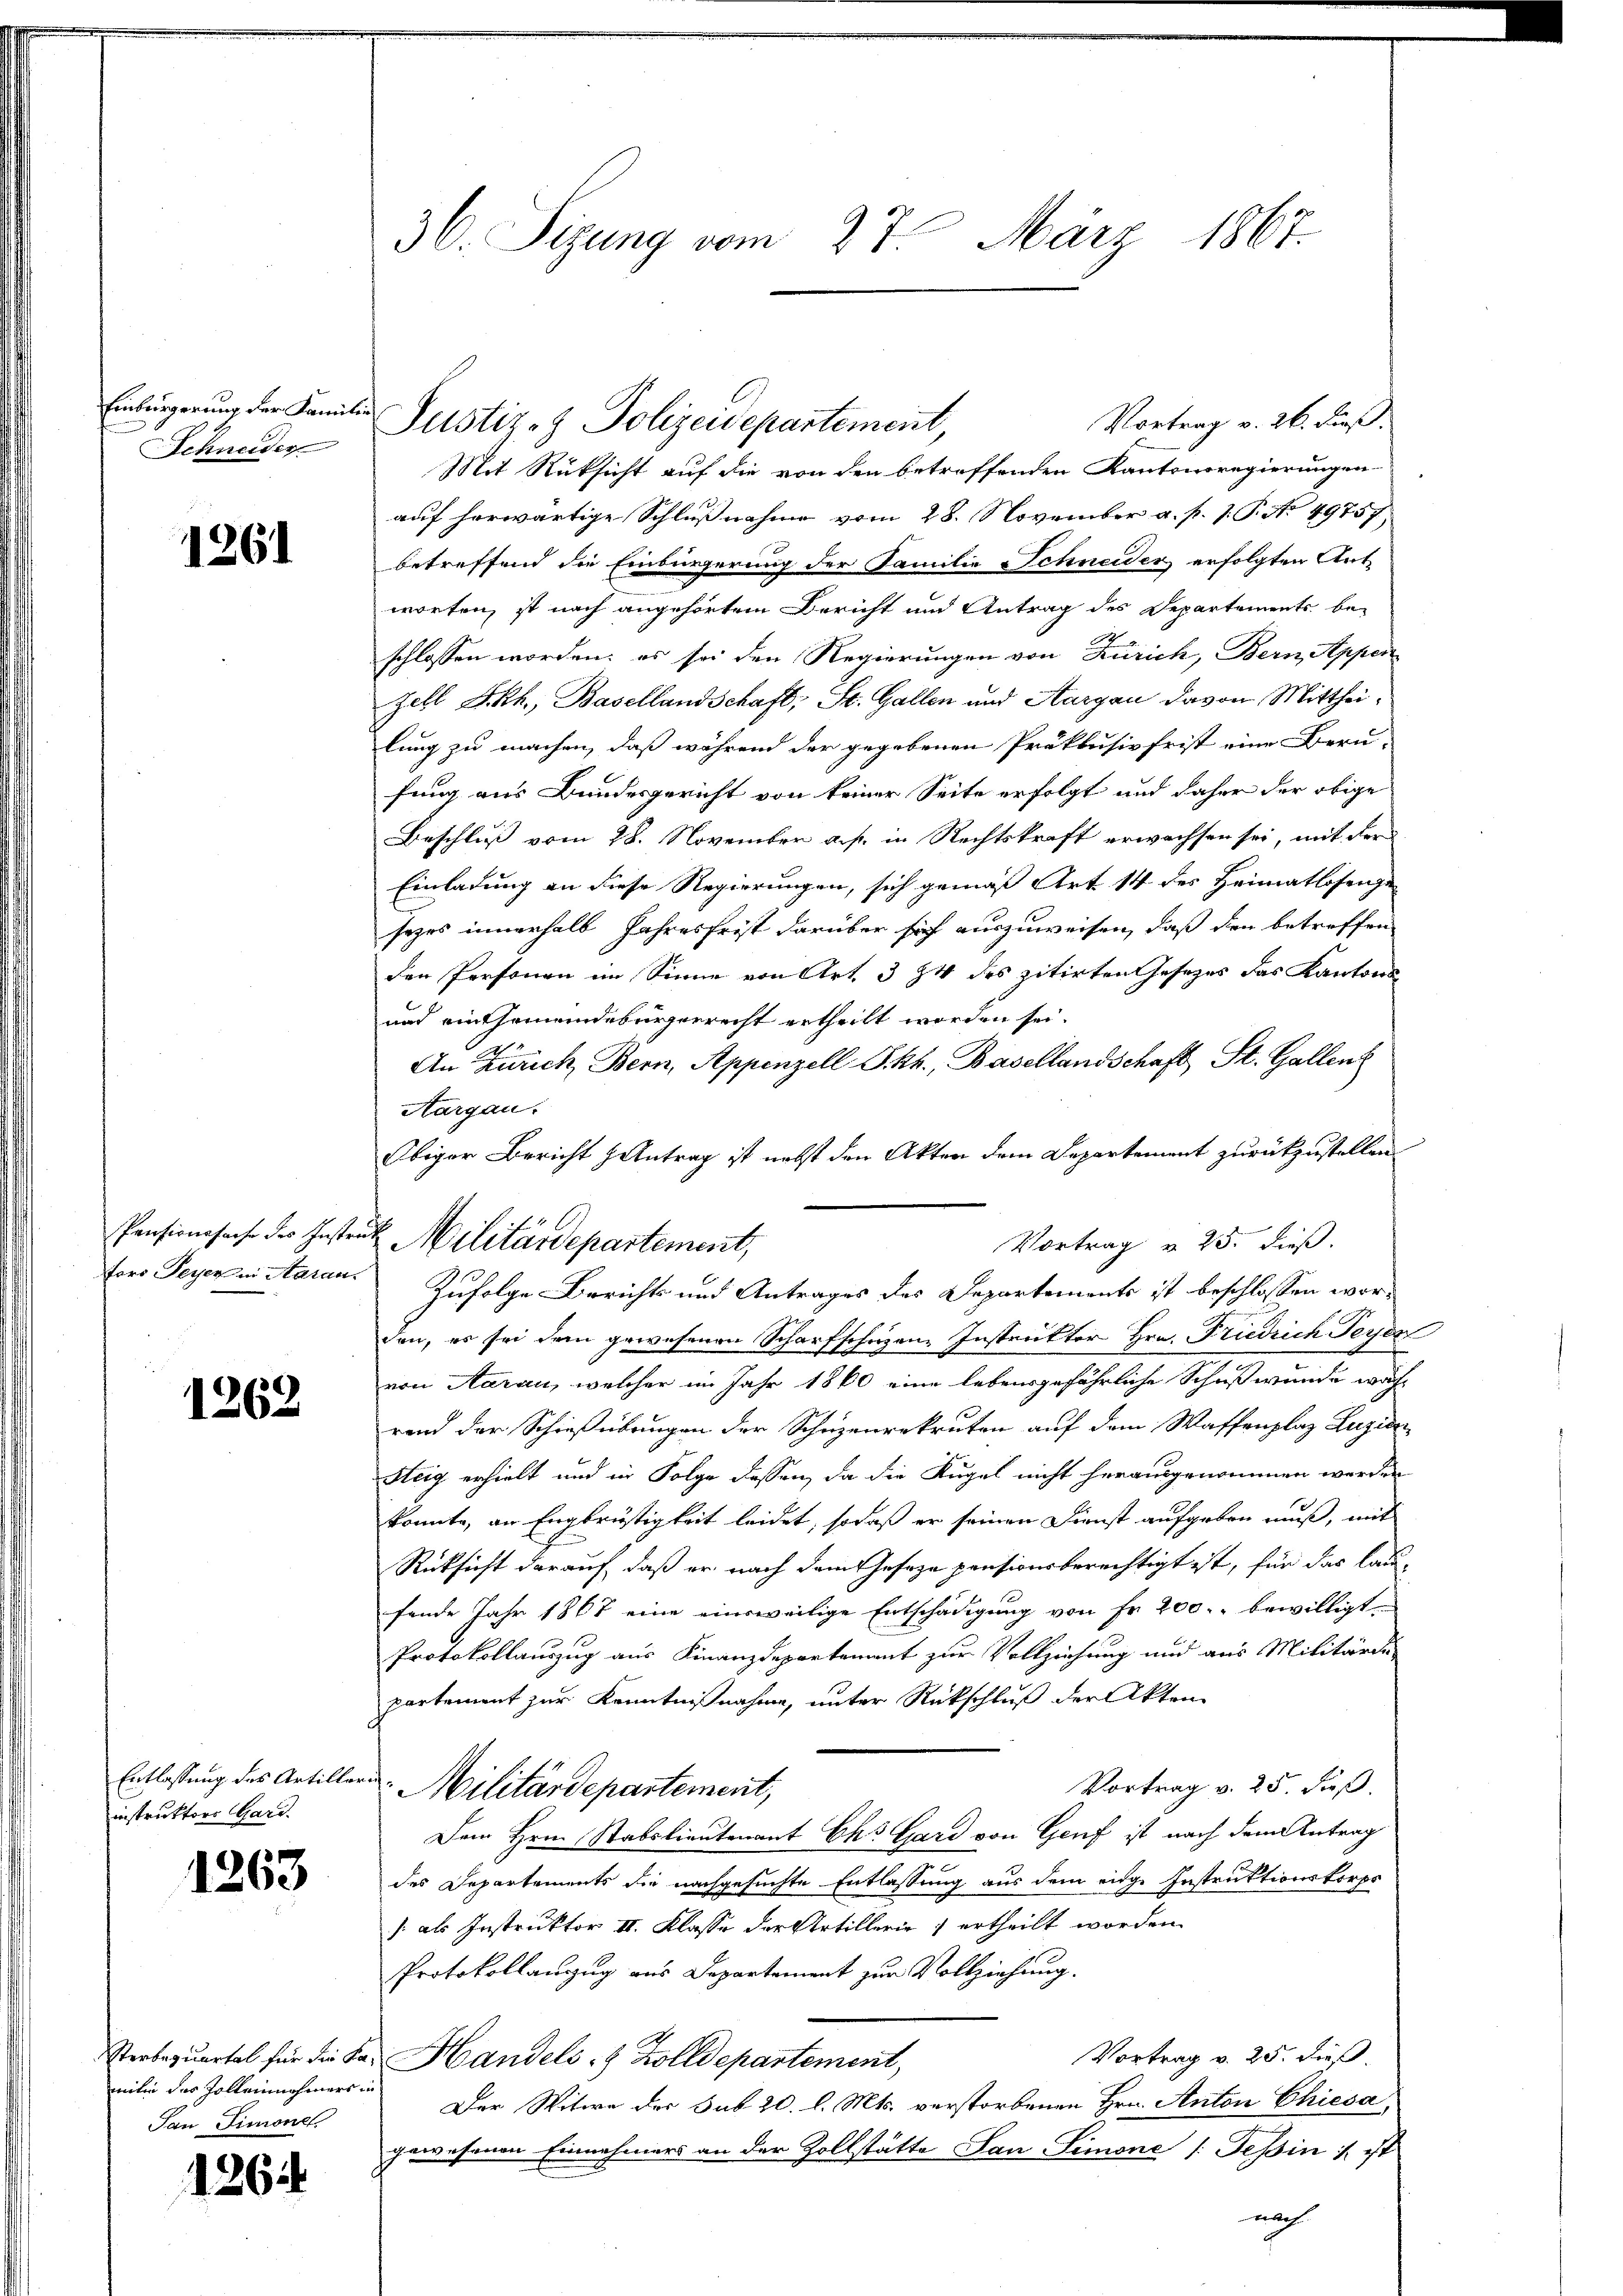
Einbringerung der Familie
Schneider

1261

fors Peyer in Aarau

1262

Entlassung des Artille
instruktors Gard.

1263

mitin das Zolleinehmers in
Jan Limone

1264

36. Sizung vom 27. März 1867.

Mit Rücksicht auf die von den betreffenden Kantonsregierungen
aŭf herwärtige Schlŭβnahme vom 28. November a. p. J. P. No. 49757.
betreffend die Einbürgerung der Familie Schneider erfolgten Antworten, ist nach angehörtem Bericht und Antrag des Departements be-
schlossen worden; es sei den Regierungen von Zürich, Bern, Appen
Zell Akh., Basellandschaft, St. Gallen und Aargau davon Mittheilung zu machen, daß während der gegebenen Präklusivfrist eine Beru-
fung aus Bundesgericht von keiner Seite erfolgt und daher der obige
Beschluß vom 28. November a. p. in Rechtskraft erwachsen sei, mit der
Einladung an diese Regierungen, sich gemäß Art. 14 des Heimatlosenge
sezes innerhalb Jahresfrist darüber sich auszuweisen, daß den betreffen
den Personen im Sinne von Art. 3 24 des zitirten Gesezes das Kantons¬
und einthemeindebürgerrecht ertheilt worden sei.
An Zürich Bern, Appenzell I.Rh., Basellandschaft, St. Gallen
Aargau.
Obiger Bericht antrag ist nebst den Akten dem Departement zurückzustellen
Vortrag v. 25. dieß.
Zufolge Berichts und Antrages des Departements ist beschlossen worden, es sei dem gewesenen Scharfschützen. Instruktor Hrn. Friedrich Perjen
von Aarau, welcher im Jahr 1860 eine lebensgefährliche Schußwunde wahr
rend der Schießübungen der Schüzenrekruten auf dem Waffenplaz Zuzier
Steig erhielt und in Folge dessen, da die Kugel nicht herausgenommen werden
konnte, an Engbrüstigkeit leidet, sodaß er seinen Dienst aufgeben muß, mit
Rücksicht darauf, daß er nach dem Geseze pensionsberechtigt ist, für das lau-
fende Jahr 1867 eine einsweilige Entschädigung von Fr. 200. bewilligten
Protokollauszug aus Finanzdepartement zur Vollziehung und aus Militärde
partement zur Kenntnißnahme, unter Rückschluß der Akten
Vortrag v. 25. Fuß.
a Militärdepartement,
Dem Hrn. Stabslieutenant Chs Gard von Genf ist nach dem Antrag
des Departements die nachgesuchte Entlassung aus dem eige Instruktionskorps
/. als Instruktor II. Klasse der Artillerie ertheilt worden.
Protokollanzug aus Departement zur Vollziehung.
Vortrag v. 25. dieß
Sterbequartal für die Fr. Handels- & Zolldepartement,
Der Witwe der sub 20. l. Mts. verstorbenen Hrn. Anton Chiesa
gewesenen Einnahmers an der Zollstätte San Simone /: Tessin /. ist
nach

Vortrag v. 26. Fuß.
Justiz- & Polizeidepartement,

Pensionssache des Instrat Militärdepartement,